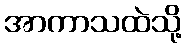
အာကာသထဲသို့